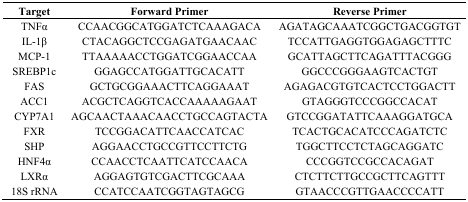
<table><thead><tr><td><b>Target</b></td><td><b>Forward Primer</b></td><td><b>Reverse Primer</b></td></tr></thead><tbody><tr><td>TNFα</td><td>CCAACGGCATGGATCTCAAAGACA</td><td>AGATAGCAAATCGGCTGACGGTGT</td></tr><tr><td>IL-1β</td><td>CTACAGGCTCCGAGATGAACAAC</td><td>TCCATTGAGGTGGAGAGCTTTC</td></tr><tr><td>MCP-1</td><td>TTAAAAACCTGGATCGGAACCAA</td><td>GCATTAGCTTCAGATTTACGGG</td></tr><tr><td>SREBP1c</td><td>GGAGCCATGGATTGCACATT</td><td>GGCCCGGGAAGTCACTGT</td></tr><tr><td>FAS</td><td>GCTGCGGAAACTTCAGGAAAT</td><td>AGAGACGTGTCACTCCTGGACTT</td></tr><tr><td>ACC1</td><td>ACGCTCAGGTCACCAAAAAGAAT</td><td>GTAGGGTCCCGGCCACAT</td></tr><tr><td>CYP7A1</td><td>AGCAACTAAACAACCTGCCAGTACTA</td><td>GTCCGGATATTCAAAGGATGCA</td></tr><tr><td>FXR</td><td>TCCGGACATTCAACCATCAC</td><td>TCACTGCACATCCCAGATCTC</td></tr><tr><td>SHP</td><td>AGGAACCTGCCGTTCCTTCTG</td><td>TGGCTTCCTCTAGCAGGATC</td></tr><tr><td>HNF4α</td><td>CCAACCTCAATTCATCCAACA</td><td>CCCGGTCCGCCACAGAT</td></tr><tr><td>LXRα</td><td>AGGAGTGTCGACTTCGCAAA</td><td>CTCTTCTTGCCGCTTCAGTTT</td></tr><tr><td>18S rRNA</td><td>CCATCCAATCGGTAGTAGCG</td><td>GTAACCCGTTGAACCCCATT</td></tr></tbody></table>